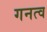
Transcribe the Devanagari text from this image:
गनत्व